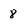
Character: 8